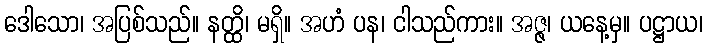
ဒေါသော၊ အပြစ်သည်။ နတ္ထိ၊ မရှိ။ အဟံ ပန၊ ငါသည်ကား။ အဇ္ဇ၊ ယနေ့မှ။ ပဋ္ဌာယ၊